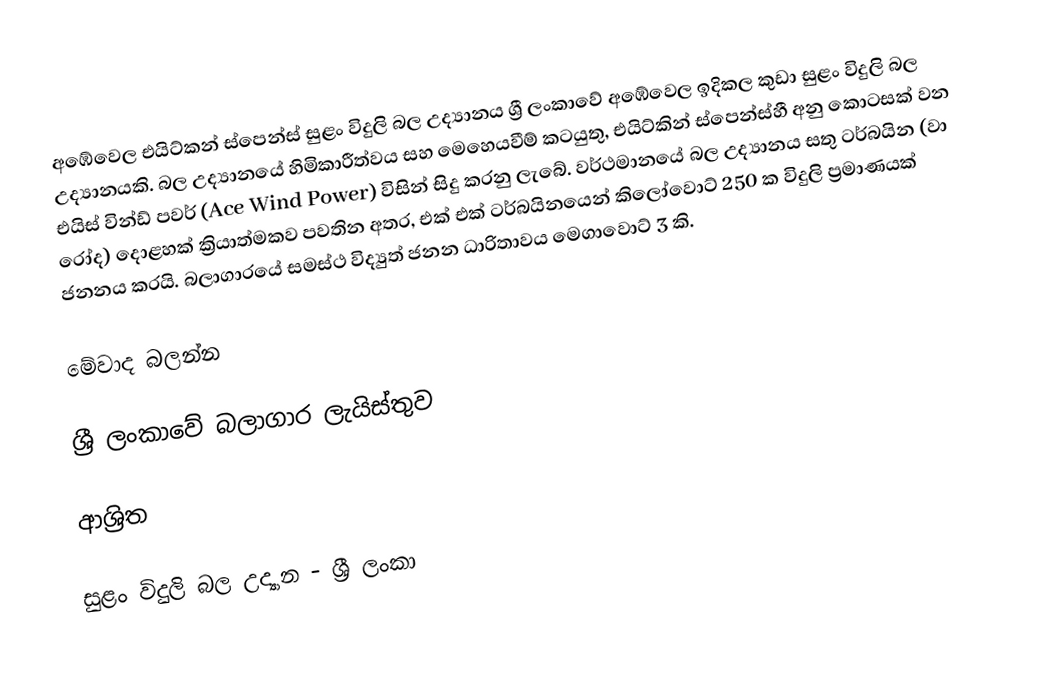
අඹේවෙල එයිට්කන් ස්පෙන්ස් සුළං විදුලි බල උද්‍යානය ශ්‍රී ලංකාවේ අඹේවෙල ඉදිකල කුඩා සුළං විදුලි බල උද්‍යානයකි. බල උද්‍යානයේ හිමිකාරීත්වය සහ මෙහෙයවීම් කටයුතු, එයිට්කින් ස්පෙන්ස්හී අනු කොටසක් වන එයිස් වින්ඩ් පවර් (Ace Wind Power) විසින් සිදු කරනු ලැබේ. වර්ථමානයේ බල උද්‍යානය සතු ටර්බයින (වා රෝද) දොළහක් ක්‍රියාත්මකව පවතින අතර, එක් එක් ටර්බයිනයෙන් කිලෝවොට් 250 ක විදුලි ප්‍රමාණයක් ජනනය කරයි. බලාගාරයේ සමස්ථ විද්‍යුත් ජනන ධාරිතාවය මෙගාවොට් 3 කි.

මේවාද බලන්න

 ශ්‍රී ලංකාවේ බලාගාර ලැයිස්තුව

ආශ්‍රිත

සුළං විදුලි බල උද්‍යාන - ශ්‍රී ලංකා